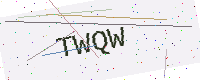
Text: TWQW